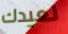
نعيدك